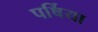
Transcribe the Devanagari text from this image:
पर्षिया